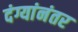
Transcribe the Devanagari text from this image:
दंग्यांनंतर